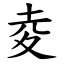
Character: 夌